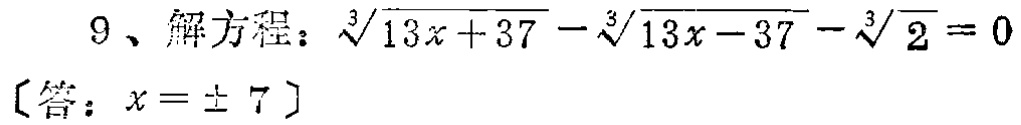
9、解方程：\(\sqrt[3]{13x + 37}-\sqrt[3]{13x - 37}-\sqrt[3]{2}=0\)

〔答：\(x = \pm 7\)〕